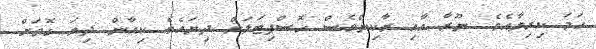
ހަމަ ކިރިޔާއެވެ. ނޫރާ އާއި ރާކިންވެސް ހޮސްޕިޓަލަށް ދިޔައެވެ. ކިއާން ދިޔަ ގޮތަށް